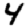
Digit: 4